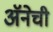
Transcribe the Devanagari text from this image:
अॅनेची